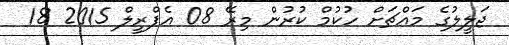
ޖަލީލުގެ މައްޗަށް ހުކުމް ކުރުން މިރޭ 08 އެޕްރީލް 2015 18